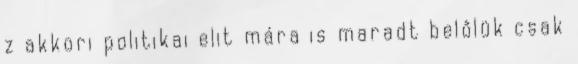
z akkori politikai elit mára is maradt belőlük csak